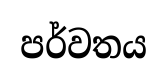
පර්වතය